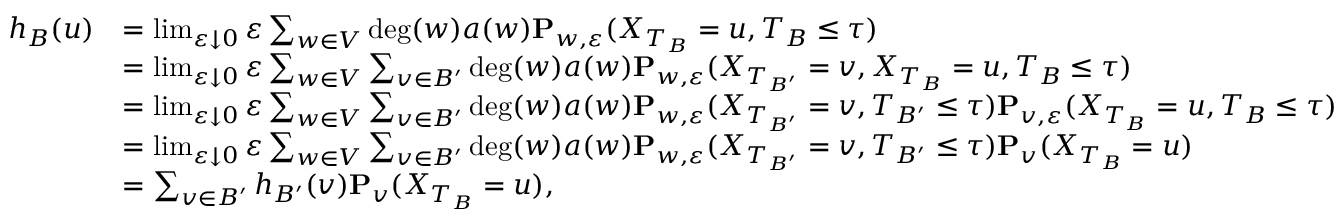
\begin{array} { r l } { h _ { B } ( u ) } & { = \operatorname* { l i m } _ { \varepsilon \downarrow 0 } \varepsilon \sum _ { w \in V } \deg ( w ) a ( w ) \mathbf { P } _ { w , \varepsilon } ( X _ { T _ { B } } = u , T _ { B } \leq \tau ) } \\ & { = \operatorname* { l i m } _ { \varepsilon \downarrow 0 } \varepsilon \sum _ { w \in V } \sum _ { v \in B ^ { \prime } } \deg ( w ) a ( w ) \mathbf { P } _ { w , \varepsilon } ( X _ { T _ { B ^ { \prime } } } = v , X _ { T _ { B } } = u , T _ { B } \leq \tau ) } \\ & { = \operatorname* { l i m } _ { \varepsilon \downarrow 0 } \varepsilon \sum _ { w \in V } \sum _ { v \in B ^ { \prime } } \deg ( w ) a ( w ) \mathbf { P } _ { w , \varepsilon } ( X _ { T _ { B ^ { \prime } } } = v , T _ { B ^ { \prime } } \leq \tau ) \mathbf { P } _ { v , \varepsilon } ( X _ { T _ { B } } = u , T _ { B } \leq \tau ) } \\ & { = \operatorname* { l i m } _ { \varepsilon \downarrow 0 } \varepsilon \sum _ { w \in V } \sum _ { v \in B ^ { \prime } } \deg ( w ) a ( w ) \mathbf { P } _ { w , \varepsilon } ( X _ { T _ { B ^ { \prime } } } = v , T _ { B ^ { \prime } } \leq \tau ) \mathbf { P } _ { v } ( X _ { T _ { B } } = u ) } \\ & { = \sum _ { v \in B ^ { \prime } } h _ { B ^ { \prime } } ( v ) \mathbf { P } _ { v } ( X _ { T _ { B } } = u ) , } \end{array}